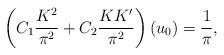
LaTeX: \begin{align*}\left( C_1 \frac{K^2}{\pi^2}+C_2 \frac{K K'}{\pi^2} \right) (u_0)=\frac{1}{\pi},\end{align*}